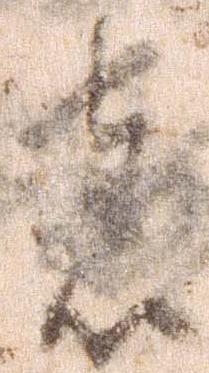
者